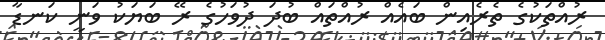
ރުއްތަކުގެ ތެރެއިން ބައެއް ރުއްތައް ބުދަ ދުވަހުގެ ރޭ ބަޔަކު ވަނީ ކަނޑާ